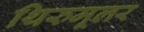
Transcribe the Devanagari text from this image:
थिरुमूलर